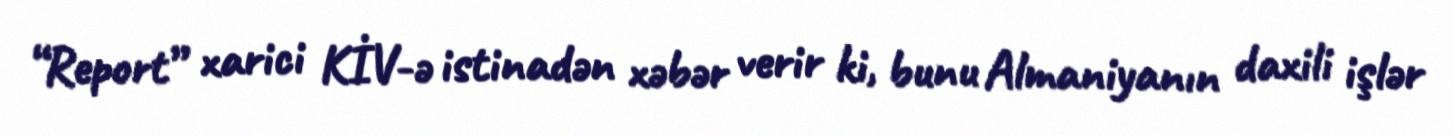
“Report” xarici KİV-ə istinadən xəbər verir ki, bunu Almaniyanın daxili işlər